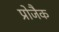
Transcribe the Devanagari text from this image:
प्रोजैक